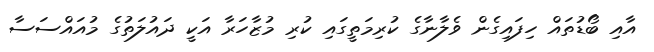
އާއި ބޯޑުތައް ހިފައިގެން ވެލާނާގެ ކުރިމަތީގައި ކުރި މުޒާހަރާ އަކީ ދައުލަތުގެ މުއައްސަސާ